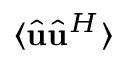
\langle \widehat { \mathbf { u } } \widehat { \mathbf { u } } ^ { H } \rangle